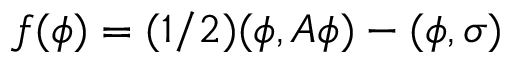
f ( \phi ) = ( 1 / 2 ) ( \phi , { \cal A } \phi ) - ( \phi , \sigma )